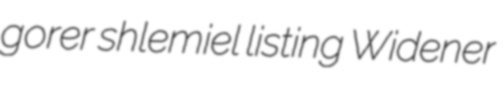
gorer shlemiel listing Widener